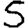
Digit: 5